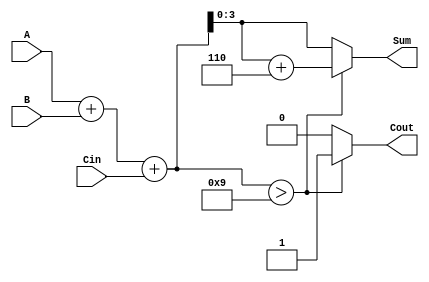
module BCD_Asynchronous_Adder (
    input  [3:0] A,     // First BCD digit
    input  [3:0] B,     // Second BCD digit
    input        Cin,    // Carry-in
    output reg [3:0] Sum, // BCD result of the addition
    output reg Cout      // Carry-out signal
);

    // Internal wire to hold the binary sum
    wire [4:0] binary_sum; // 5 bits to accommodate carry
    assign binary_sum = A + B + Cin;

    always @(*) begin
        // Default values
        Sum = 4'b0000;
        Cout = 1'b0;

        // Check if the binary sum exceeds 9
        if (binary_sum > 9) begin
            Sum = binary_sum + 5'b00110; // Add 6 to correct to BCD
            Cout = 1'b1; // Set carry-out
        end else begin
            Sum = binary_sum[3:0]; // Keep the lower 4 bits
            Cout = 1'b0; // No carry-out
        end
    end

endmodule